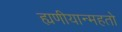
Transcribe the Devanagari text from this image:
ह्यणीयान्महतो